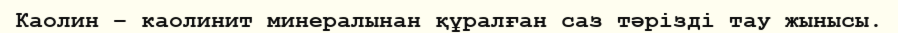
Каолин – каолинит минералынан құралған саз тәрізді тау жынысы.